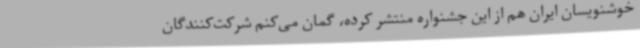
خوشنویسان ایران هم از این جشنواره منتشر کرده، گمان می‌کنم شرکت‌کنندگان